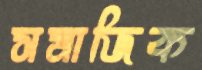
সমাজিক